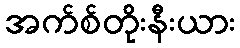
အက်စ်တိုးနီးယား